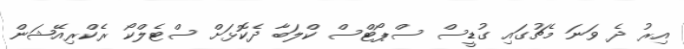
އިރު ދެ ވަނަ މެޗުގައި ގުޑީސް ސްޕޯޓްސް ކްލަބާ ދެކޮޅަށް ސްޓެލްކޯ ރެކްރިއޭޝަން